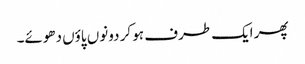
پھر ایک طرف ہو کر دونوں پاؤں دھوئے۔